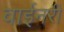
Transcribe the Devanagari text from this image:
वाईनरी